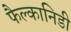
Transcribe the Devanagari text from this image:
फैल्कानिडी